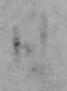
日